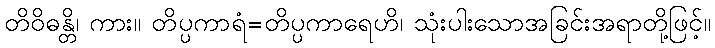
တိဝိဓန္တိ၊ ကား။ တိပ္ပကာရံ=တိပ္ပကာရေဟိ၊ သုံးပါးသောအခြင်းအရာတို့ဖြင့်။